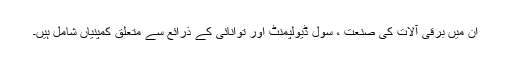
ان میں برقی آلات کی صنعت ، سِول ڈیولپمنٹ اور توانائی کے ذرائع سے متعلق کمپنیاں شامل ہیں۔